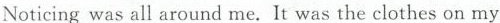
Noticing was all around me. It was the clothes on my